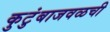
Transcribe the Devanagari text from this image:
कुटुंबाजवळची